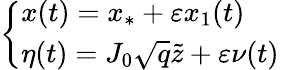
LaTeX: \left\{ \begin{array}{l}{\displaystyle x(t)=x_{*}+\varepsilon x_{1}(t)}\\ {\displaystyle\eta(t)=J_{0}\sqrt{q}\tilde{z}+\varepsilon\nu(t)}\end{array}\right.\,